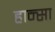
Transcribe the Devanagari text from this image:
हान्सा